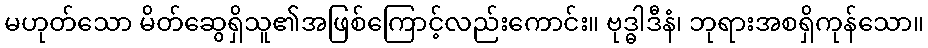
မဟုတ်သော မိတ်ဆွေရှိသူ၏အဖြစ်ကြောင့်လည်းကောင်း။ ဗုဒ္ဓါဒီနံ၊ ဘုရားအစရှိကုန်သော။